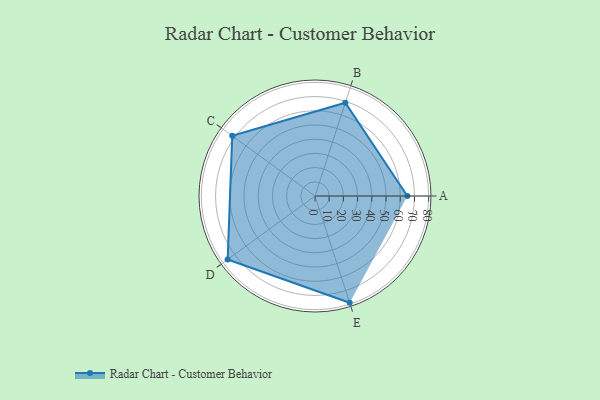
{"axis": {"x": "Skill", "y": "Score"}, "legend": ["Profile"], "data": [{"x": "A", "y": 65.0, "type": "Profile"}, {"x": "B", "y": 69.0, "type": "Profile"}, {"x": "C", "y": 72.0, "type": "Profile"}, {"x": "D", "y": 76.0, "type": "Profile"}, {"x": "E", "y": 79.0, "type": "Profile"}]}